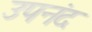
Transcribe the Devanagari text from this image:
उपनंद